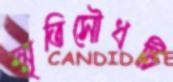
স্মৃতিসৌধটি